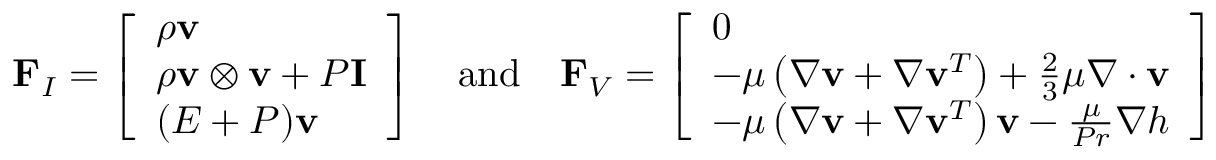
\mathbf { F } _ { I } = \left[ \begin{array} { l } { \boldsymbol { \rho } \mathbf { v } } \\ { \boldsymbol { \rho } \mathbf { v } \otimes \mathbf { v } + P \mathbf { I } } \\ { ( E + P ) \mathbf { v } } \end{array} \right] \quad \mathrm { a n d } \quad \mathbf { F } _ { V } = \left[ \begin{array} { l } { 0 } \\ { - \mu \left( \nabla \mathbf { v } + \nabla \mathbf { v } ^ { T } \right) + \frac { 2 } { 3 } \mu \nabla \cdot \mathbf { v } } \\ { - \mu \left( \nabla \mathbf { v } + \nabla \mathbf { v } ^ { T } \right) \mathbf { v } - \frac { \mu } { P r } \nabla h } \end{array} \right]